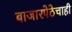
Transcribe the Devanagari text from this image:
बाजारपेठेचाही